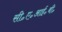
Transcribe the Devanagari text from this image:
सी॰ए॰आई॰बी॰